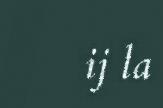
ij la